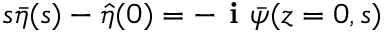
s \bar { \eta } ( s ) - \hat { \eta } ( 0 ) = - \textbf { i } \bar { \psi } ( z = 0 , s )